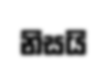
නිසයි